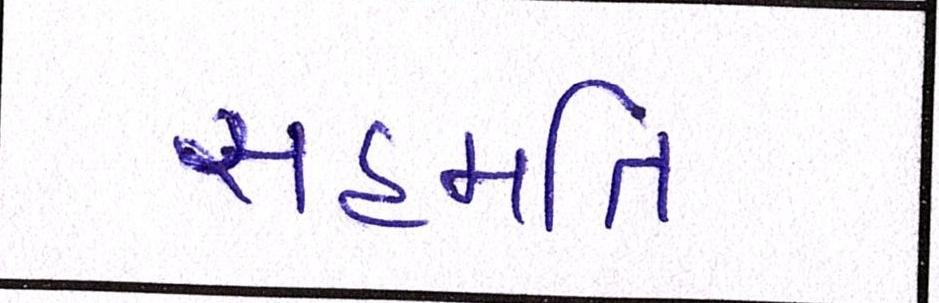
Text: સહમતિ